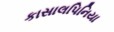
કાસાલપિનિયા